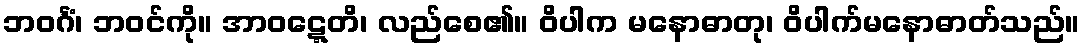
ဘဝင်္ဂံ၊ ဘဝင်ကို။ အာဝဋ္ဋေတိ၊ လည်စေ၏။ ဝိပါက မနောဓာတု၊ ဝိပါက်မနောဓာတ်သည်။